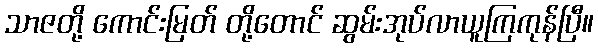
သာဇတို့ ကောင်းမြတ် တို့တောင် ဆွမ်းအုပ်လာယူကြကုန်ပြီ။